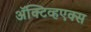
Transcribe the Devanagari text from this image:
ॲक्टिव्हएक्स